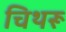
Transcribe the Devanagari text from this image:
चिथरू